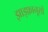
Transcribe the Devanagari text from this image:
झाड़फ़ानूसों